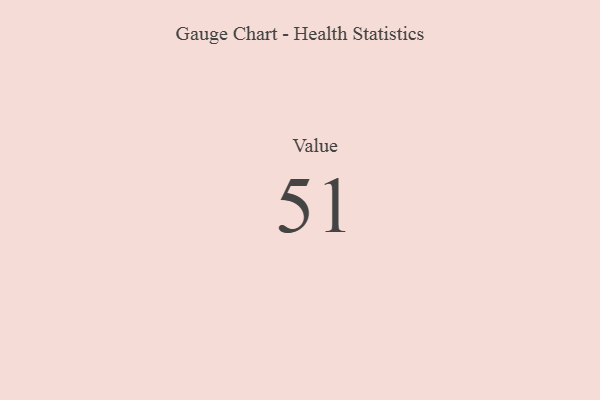
{"axis": {"x": "Metric", "y": "Value"}, "legend": [""], "data": [{"x": "Value", "y": 51, "type": ""}]}